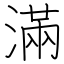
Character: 滿